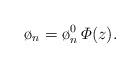
LaTeX: \begin{align*}\o_{n}=\o_{n}^{0}\,\varPhi(z).\end{align*}